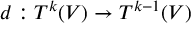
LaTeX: d : T ^ { k } ( V ) \to T ^ { k - 1 } ( V )